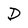
Character: D